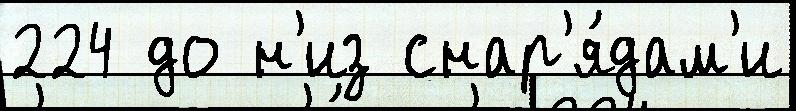
224 до н'из снар'я́дам'и